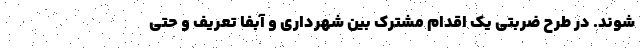
شوند. در طرح ضربتی یک اقدام مشترک بین شهرداری و آبفا تعریف و حتی